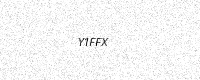
Text: Y1FFX